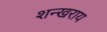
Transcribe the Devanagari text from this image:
शन्खराय